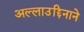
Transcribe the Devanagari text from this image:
अल्लाउद्दिनाने